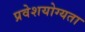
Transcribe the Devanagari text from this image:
प्रवेशयोग्यता